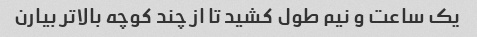
یک ساعت و نیم طول کشید تا از چند کوچه بالاتر بیارن